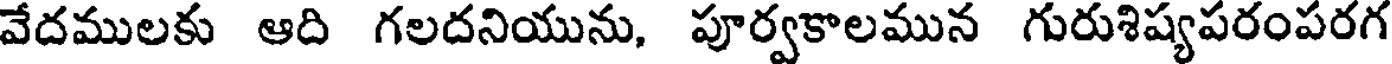
వేదములకు ఆది గలదనియును, పూర్వకాలమున గురుశిష్యపరంపరగ